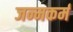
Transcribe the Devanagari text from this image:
जन्मकर्म